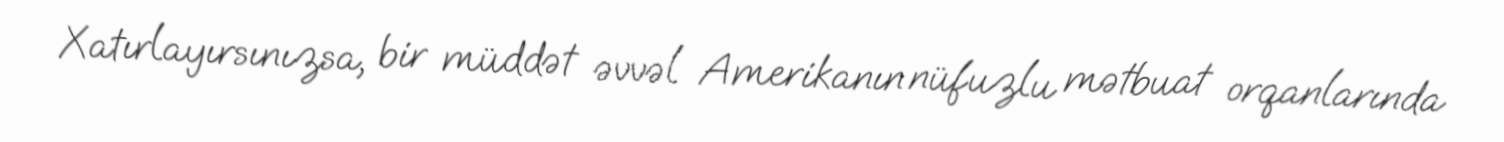
Xatırlayırsınızsa, bir müddət əvvəl Amerikanın nüfuzlu mətbuat orqanlarında